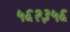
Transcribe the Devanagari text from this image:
५६२३५६